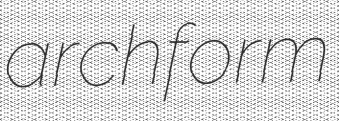
archform